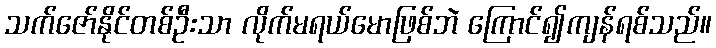
သက်ဇော်နိုင်တစ်ဦးသာ လိုက်မရယ်မောဖြစ်ဘဲ ကြောင်၍ကျန်ရစ်သည်။